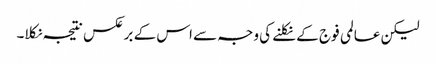
لیکن عالمی فوج کے نکلنے کی وجہ سے اس کے برعکس نتیجہ نکلا۔